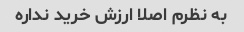
به نظرم اصلا ارزش خرید نداره